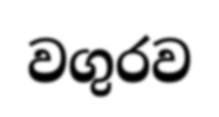
වගුරව